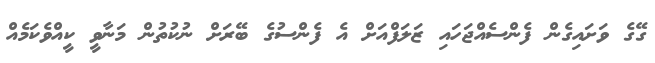
ގޭގެ ވަށައިގެން ފެންސެއްޖަހައި ޒަލަފްއަށް އެ ފެންސުގެ ބޭރަށް ނުކުތުން މަނާވީ ކީއްވެކަމެއް